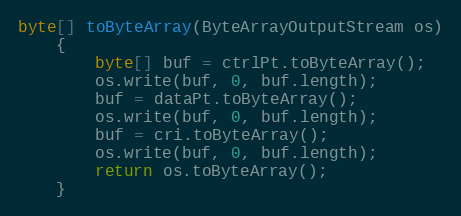
Language: Java
byte[] toByteArray(ByteArrayOutputStream os)
	{
		byte[] buf = ctrlPt.toByteArray();
		os.write(buf, 0, buf.length);
		buf = dataPt.toByteArray();
		os.write(buf, 0, buf.length);
		buf = cri.toByteArray();
		os.write(buf, 0, buf.length);
		return os.toByteArray();
	}